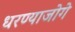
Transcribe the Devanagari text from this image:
धरण्याजोगे